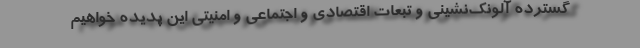
گسترده آلونک‌نشینی و تبعات اقتصادی و اجتماعی و امنیتی این پدیده خواهیم